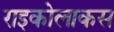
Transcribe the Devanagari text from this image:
राइकोलाकस